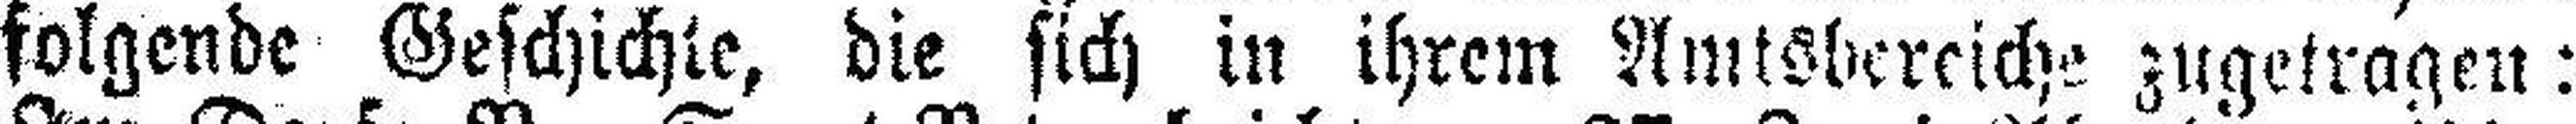
folgende Geschichte, die sich in ihrem Amtsbereiche zugetragen: